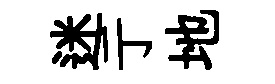
迷亍地